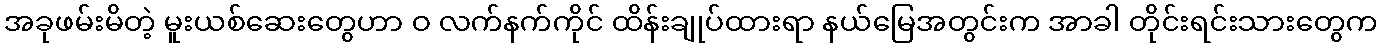
အခုဖမ်းမိတဲ့ မူးယစ်ဆေးတွေဟာ ဝ လက်နက်ကိုင် ထိန်းချုပ်ထားရာ နယ်မြေအတွင်းက အာခါ တိုင်းရင်းသားတွေက